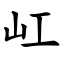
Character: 屸